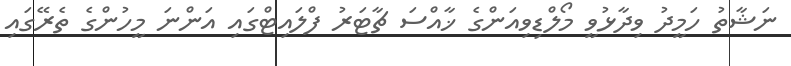
ނަޝާތު ހަމީދު ވިދާޅުވީ މޯލްޑިވިއަންގެ ޚާއްސަ ޗާޓަރު ފްލައިޓްގައި އަންނަ މީހުންގެ ތެރޭގައި